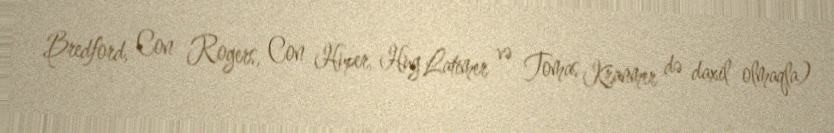
Bredford, Con Rogers, Con Huper, Hug Latimer və Tomas Kranmer də daxil olmaqla)